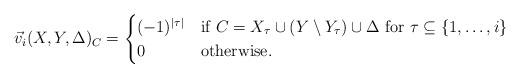
LaTeX: \begin{align*}\vec{v}_{i}(X,Y,\Delta)_{C} = \begin{cases} (-1)^{|\tau|} & \mbox{if $C = X_{\tau} \cup (Y \setminus Y_{\tau}) \cup \Delta$ for $\tau \subseteq \{1, \ldots, i\}$} \\ 0 & \mbox{otherwise}. \end{cases}\end{align*}